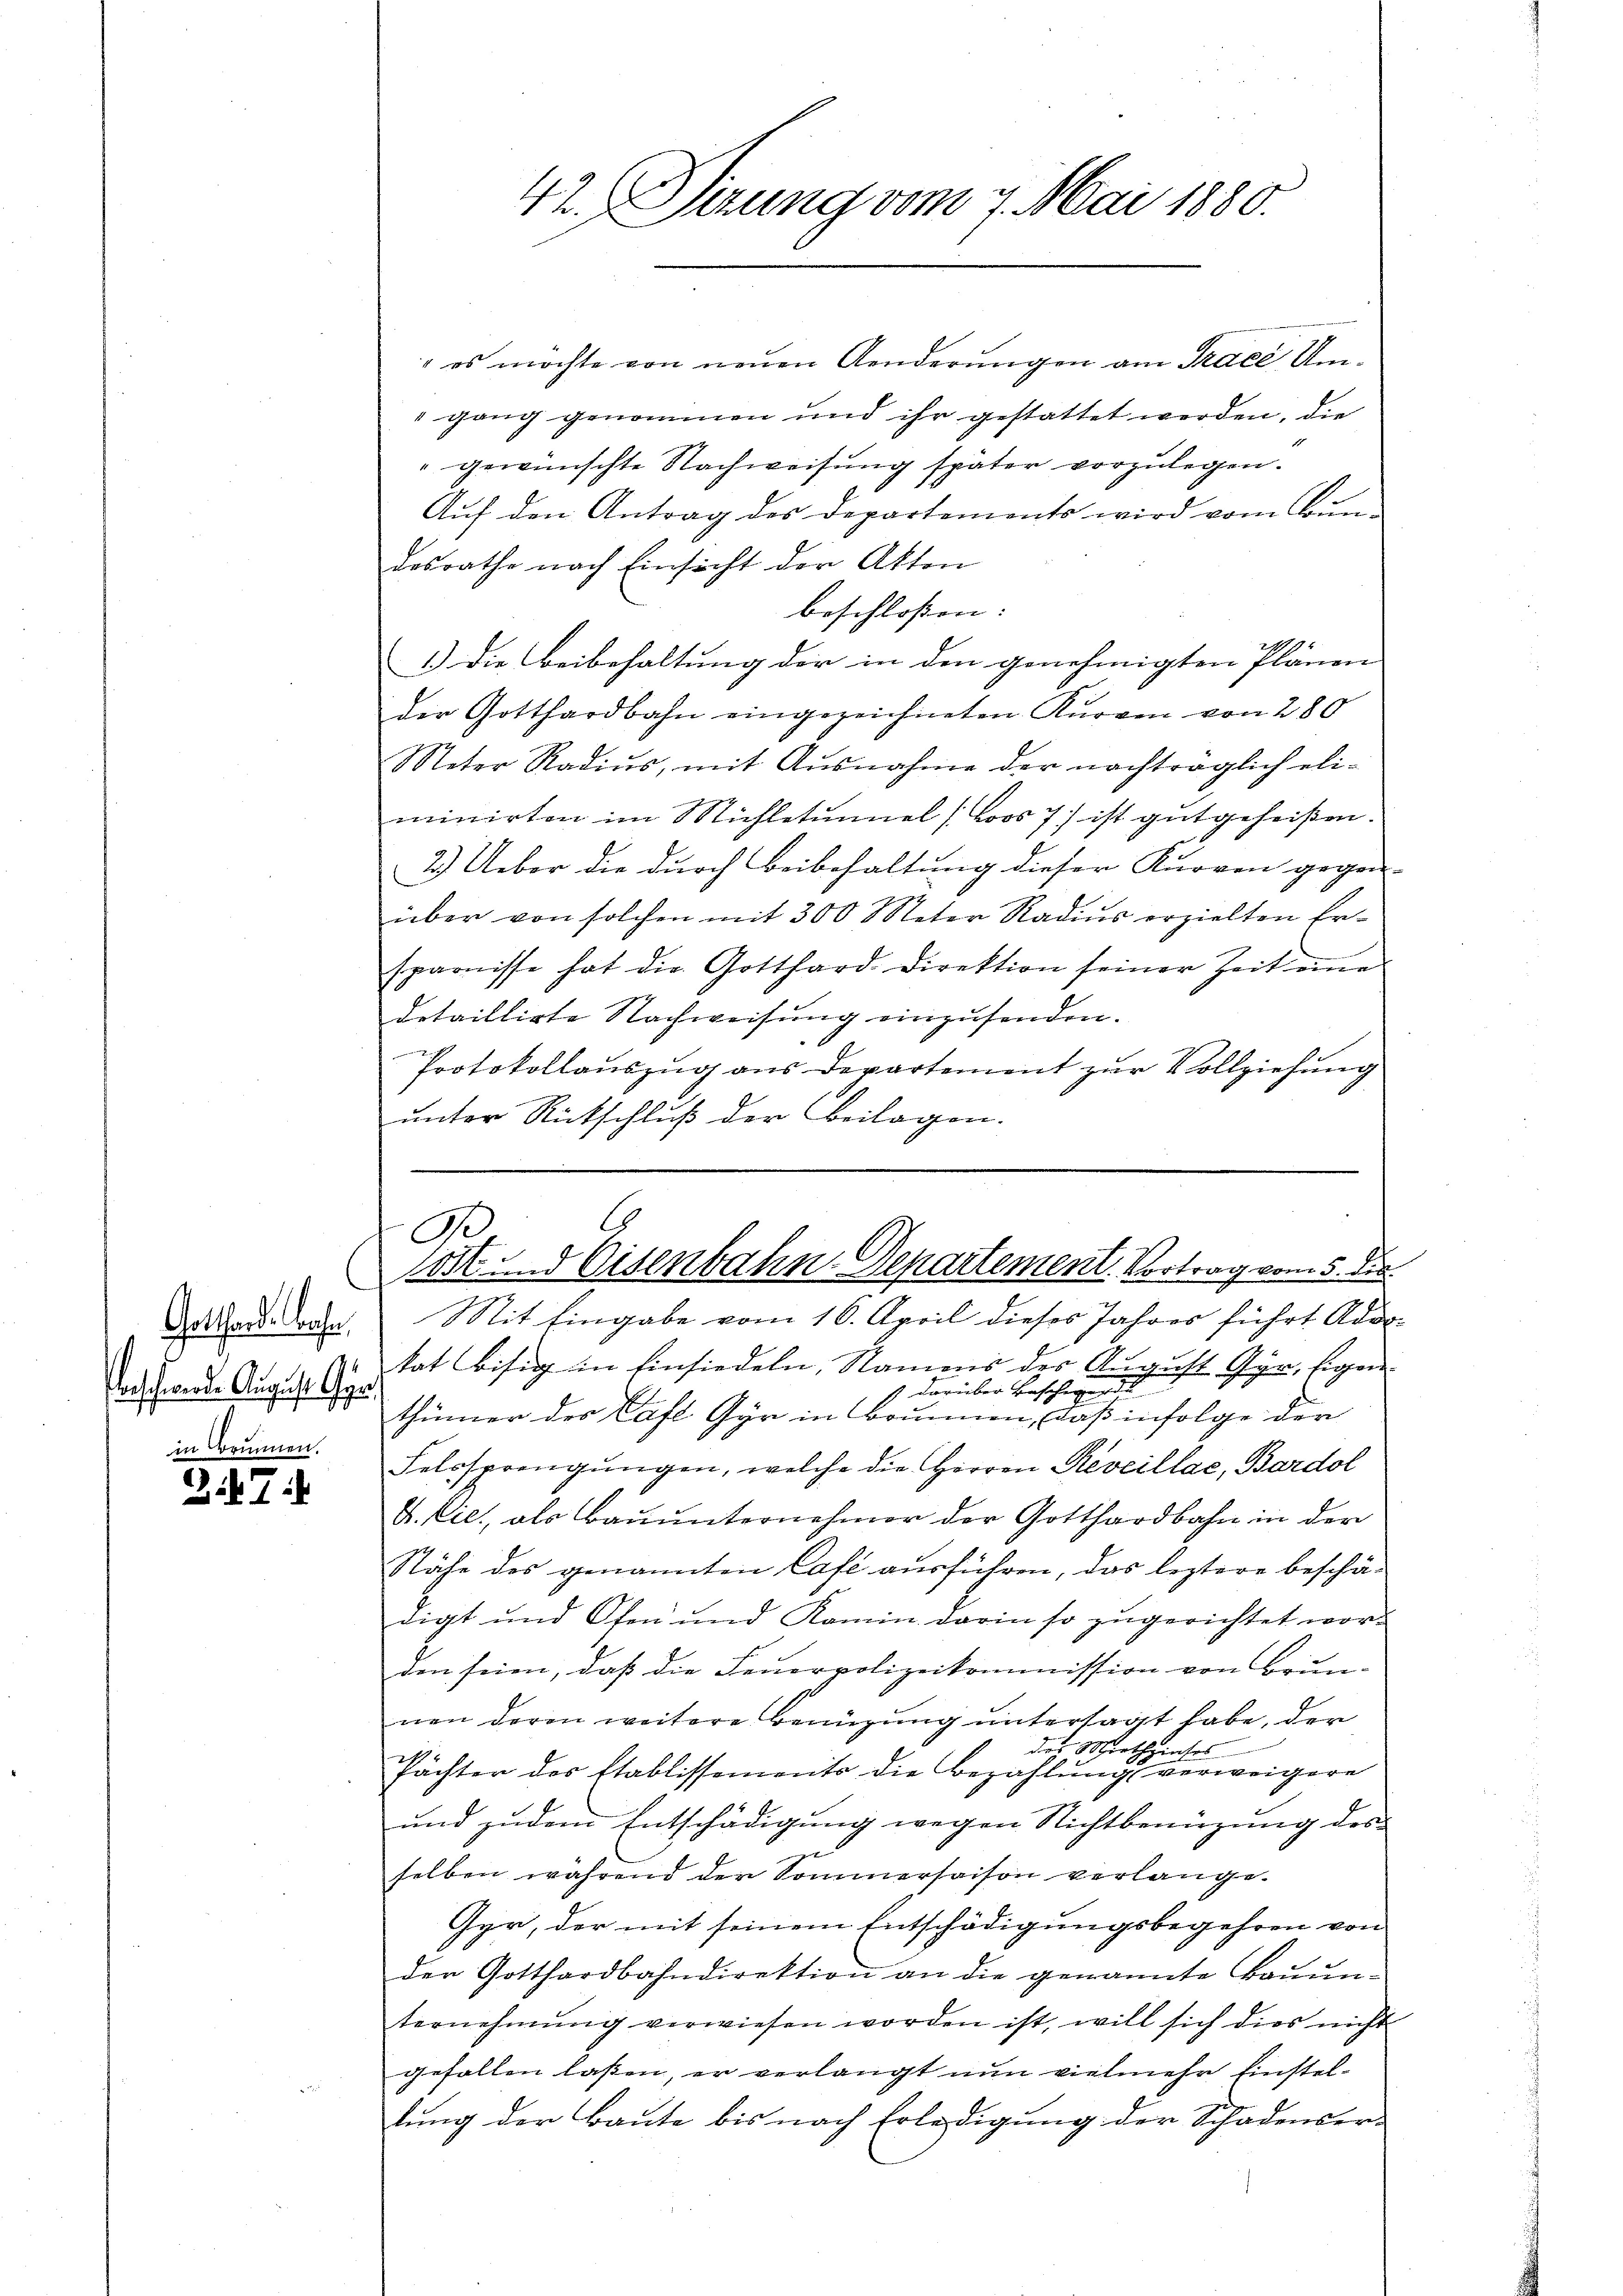
Gotthard. Konfer
berschwerde August Gyr
in Brunnen.

247:

42. Sizung vom 7. Mai 1880.

" es möchte von neuen Aenderŭngen am Tracé Um-
gang genommen und ihr gestattet werden, die
" gewünschte Nachweisung später vorzulegen.
Aŭf den Antrag des Departements wird vom Bŭn
desrathe nach Einsicht der Akten
beschlossen: |
1.) Die Beibehaltung der in den genehmigten Plänen
der Gotthardbahn eingezeichneten Kurven von 280
Meter Radiŭs, mit Ausnahme der nachträglich eli-
minirten im Michletunnel (Loos 7) ist gutgeheißen.
2.) Ueber die durch Beibehaltung dieser Kurven gegen
über von solchen mit 300 Meter Radius erzielten Ersparnisse hat die Gotthard Direktion seiner Zeit eine
detaillirte Nachweisung einzusenden.
Protokollauszug aus Departement zur Vollziehung
unter Rückschluß der Beilagen.

.
B
tost und Eisenbahn-Departement. Vortrag vom 5. die
e

Mit Eingabe vom 16. April dieses Jahres führt Advokat Bisig in Einsiedeln, Namens des August Gyr, Eigen
4 darüber Beschwende
thümer der Saft Gyr in Brunnen, daß infolge der
Felssprengungen, welche die Herren Reveillae, Bardol
F. Cie, als Baŭŭnternehmer der Gotthardbahn in der
Nähe des genannten Café ausführen, das leztere beschädigt und Ofen und Kamin darin so zŭgerichtet worden seien, daß die Feuerpolizeikommission von Brunnen deren weitere Benüzung untersagt habe, der
des Morthzinses
Pächter des Etablissements die Bezahlung verweigere
und zudem Entschädigung wegen Nichtbenüzung des
selben während der Sommersaison verlange.
Gyr, der mit seinem Entschädigungsbegehren von
den Gotthardbahndirektion an die genannte Bauun-
ternehmung verwiesen worden ist, will sich dies nicht
gefallen laßen, er verlangt nun vielmehr Einstellung der Baute bis nach Erledigung der Schadenser-
d